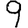
Digit: 9